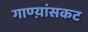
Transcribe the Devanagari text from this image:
गाण्य़ांसकट